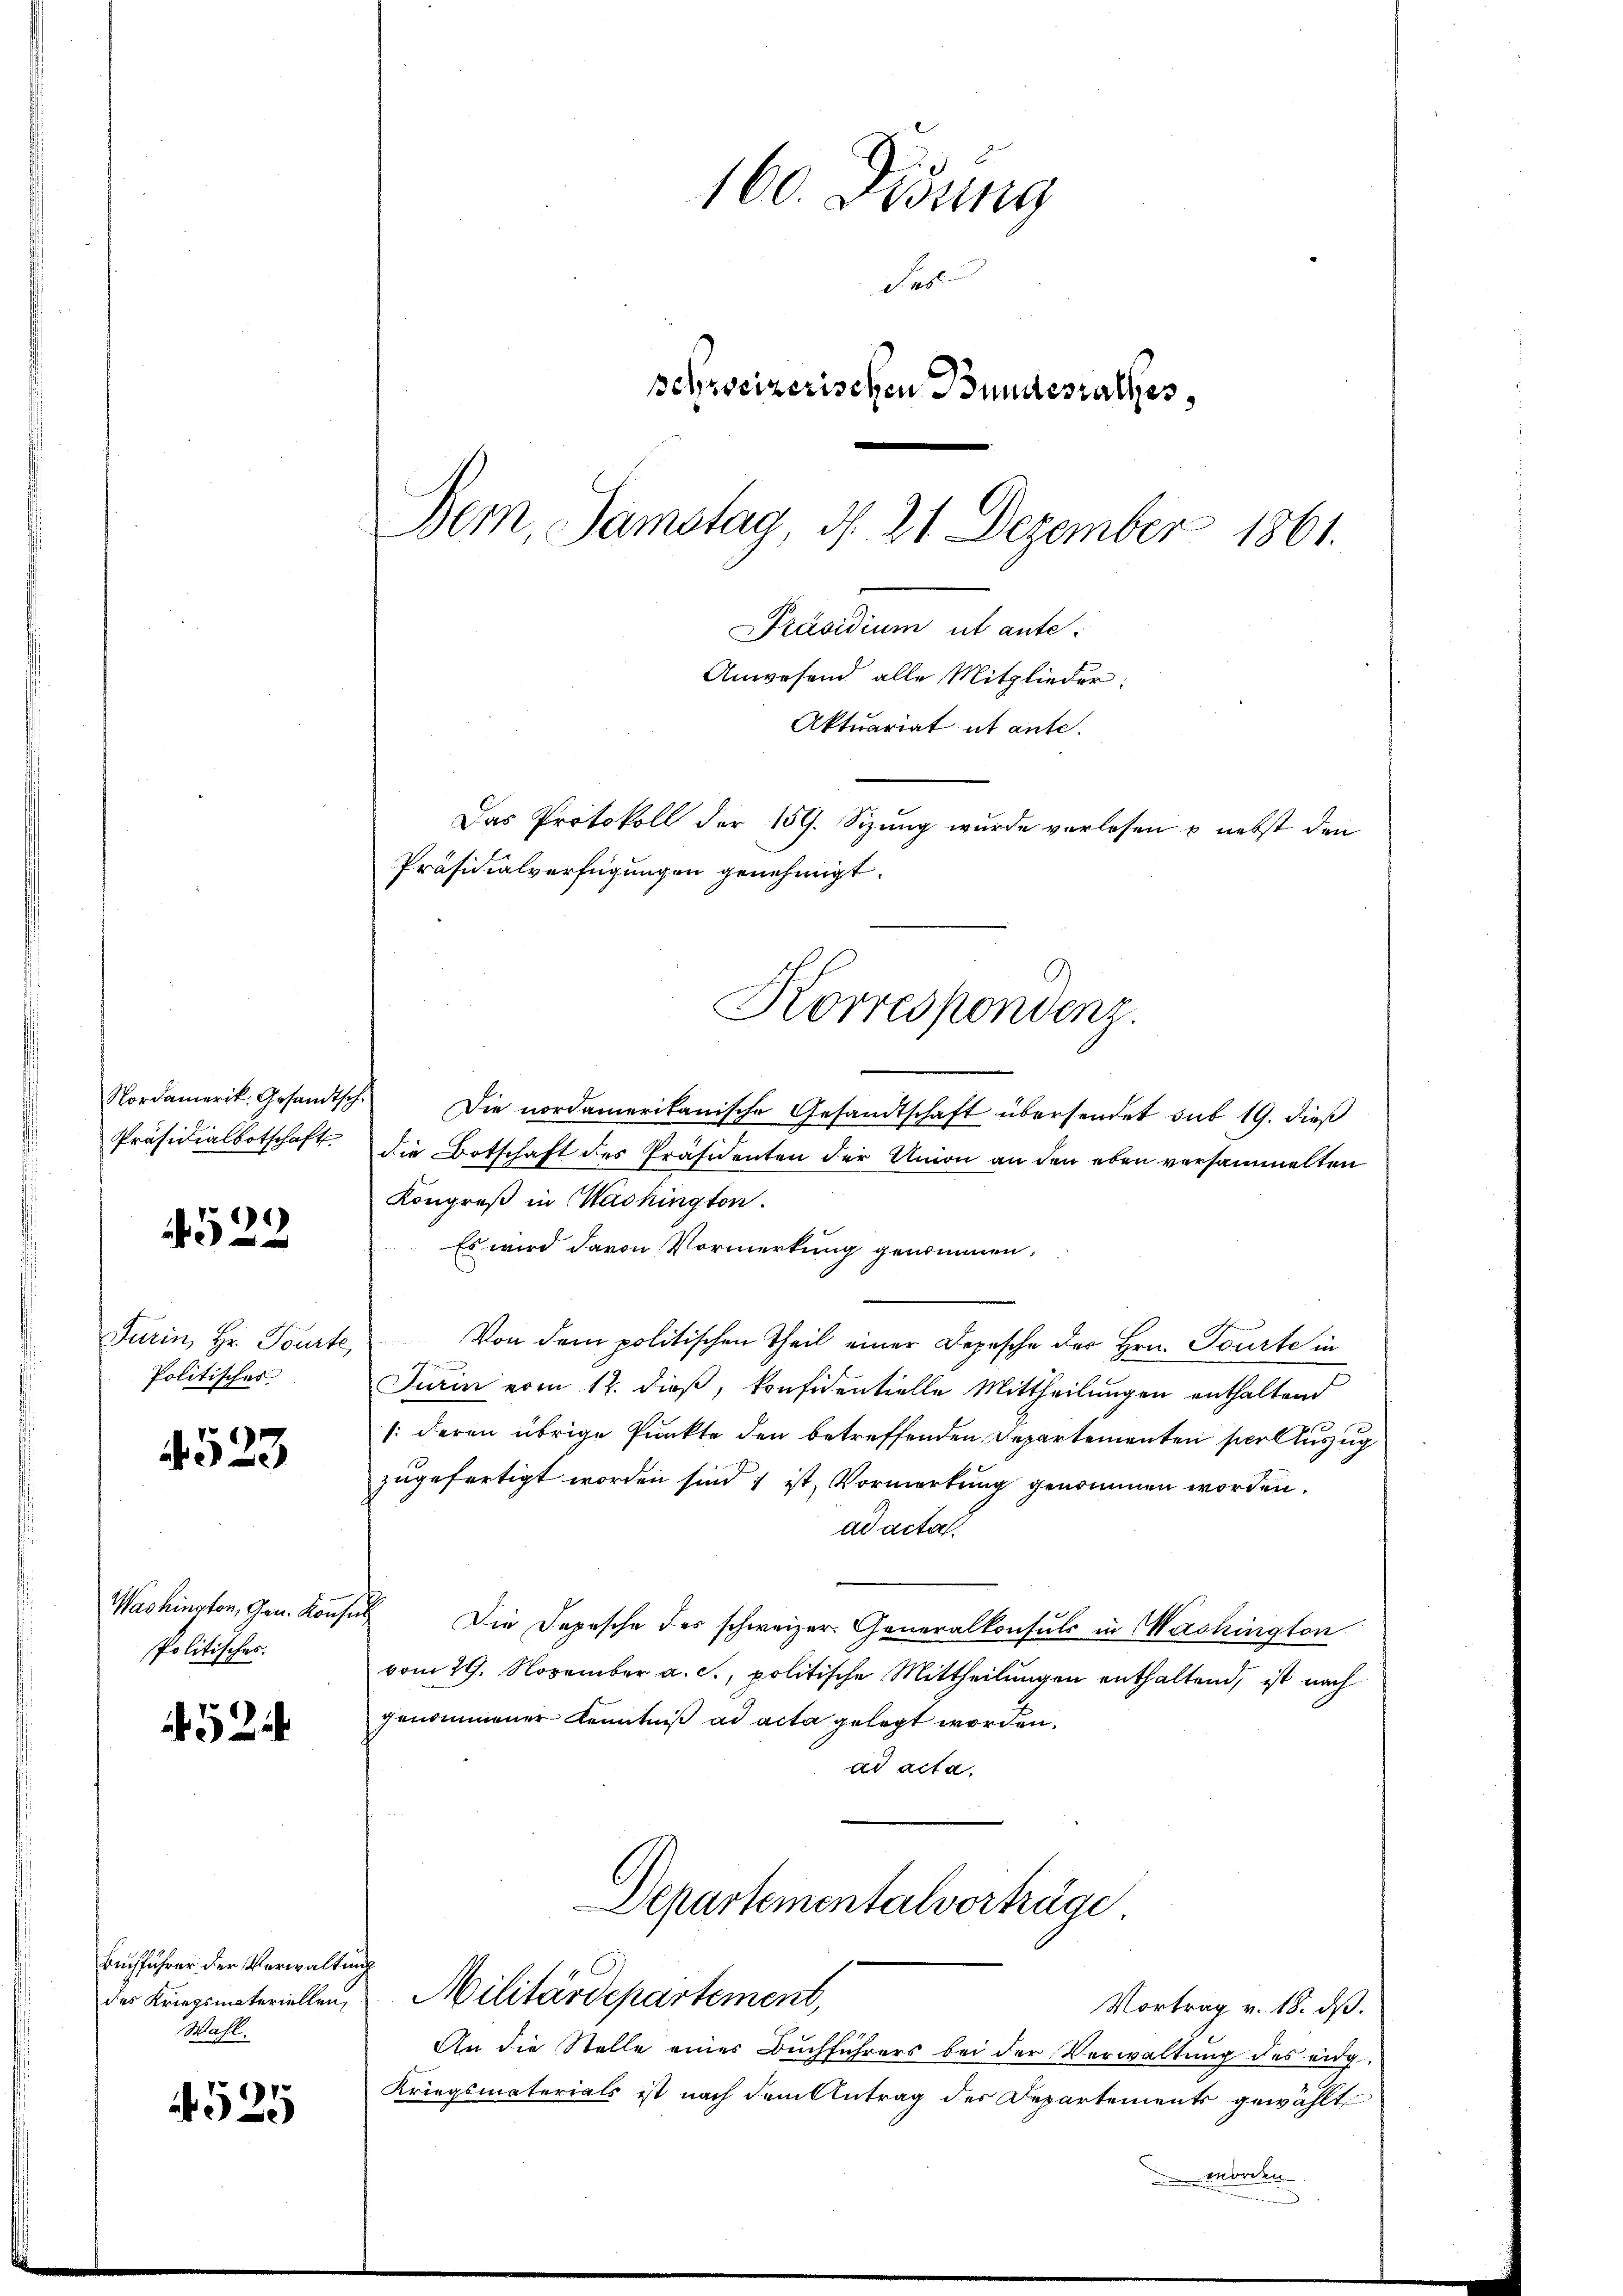
Nordamerik. Gesandtsch
Präsidialbotschaft

4522

Turin, Hr. Tourte,
Politisches

523

Washington, Gen. Konfe
Politisches.

524

Buchführer der Verwaltung
des Kriegsmateriellen,
Wahl.

525

160. Didung
Pes
schweizerischen Bundesrathes,
Bern, Samstag, d. 21. Dezember 1861.
Präsidium ut ante.
Anwesend alle Mitglieder:
Aktuariat ut ante.
Das Protokoll der 159. Sizung wurde verlesen & nebst den
Präsidialverfügungen genehmigt.

Die nordamerikanische Gesandtschaft übersendet sub 19. dieß
die Botschaft des Präsidenten der Union an den eben versammelten
Kongreß in Washington.
Es wird davon Vormerkung genommen.
Von dem politischen Theil einer Depesche des Hrn. Tourte in
a
Turm vom 12. dieß, konfidentielle Mittheilungen enthaltend
(deren übrige Punkte den betreffenden Departementen per Auszug
zugefertigt worden sind ; ist, Vormerkung genommen worden.
ad acta.
Die Depesche des schweizer. Generalkonsuls in Machington
vom 29. November a. c., politische Mittheilungen enthaltend, ist nach
genommener Kenntniß ad acta gelegt worden.
ad acta,
Separtementalvorträge
Militärdepartement,
Vortrag v. 18. dß.
An die Stelle einer Buchführers bei der Verwaltung des eidg.
Kriegsmaterials ist nach dem Antrag der Departements gewählt

Korrespondenz.